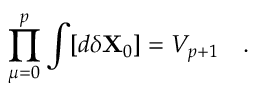
\prod _ { \mu = 0 } ^ { p } \int [ d \delta { \bf X } _ { 0 } ] = V _ { p + 1 } \quad .